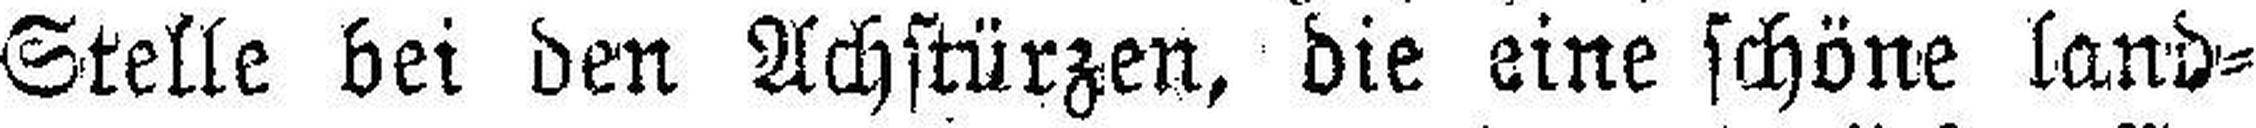
Stelle bei den Achstürzen, die eine schöne land¬